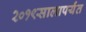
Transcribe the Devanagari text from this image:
२०१९सालापर्यंत